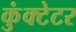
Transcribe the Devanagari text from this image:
कुंक्टेटर